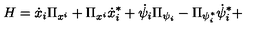
H = \dot { x } _ { i } \Pi _ { x ^ { i } } + \Pi _ { x ^ { i } } \dot { x } _ { i } ^ { * } + \dot { \psi } _ { i } \Pi _ { \psi _ { i } } - \Pi _ { \psi _ { i } ^ { * } } \dot { \psi } _ { i } ^ { * } +